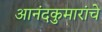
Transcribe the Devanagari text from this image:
आनंदकुमारांचे